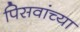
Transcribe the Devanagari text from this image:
पिसवांच्या